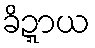
ခိဍ္ဍာယ